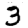
Digit: 3